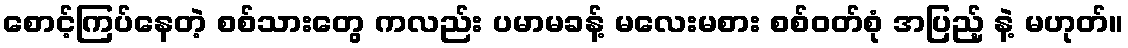
စောင့်ကြပ်နေတဲ့ စစ်သားတွေ ကလည်း ပမာမခန့် မလေးမစား စစ်ဝတ်စုံ အပြည့် နဲ့ မဟုတ်။